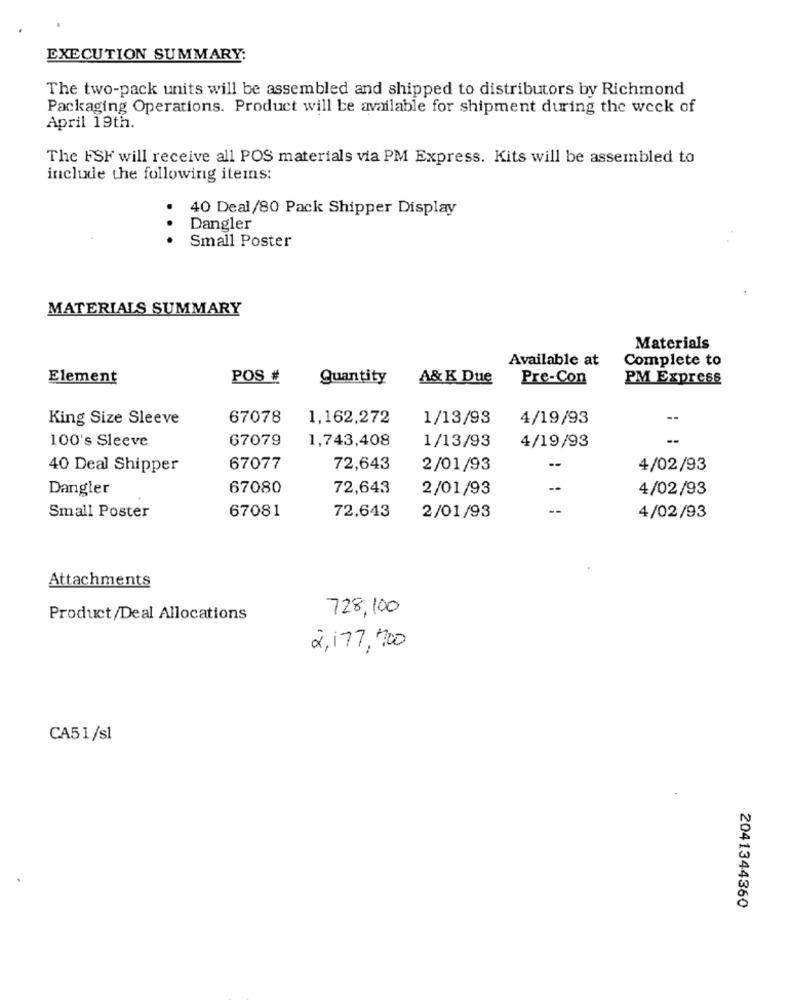
EXECUTION SUMMARY:
The two-pack units will be assembled and shipped to distributors by Richmond
Packaging Operations. Product will be available for shipment during the week of
April 19th.
The FSF will receive all POS materials via PM Express. Kits will be assembled to
include the following items:
40 Deal/80 Pack Shipper Display
..
Dangler
.
Small Poster
MATERIALS SUMMARY
Materials
Available at
Complete to
Element
POS #
Quantity
A& K Due
Pre-Con
PM Express
King Size Sleeve
67078
1,162,272
1/13/93
4/19/93
100's Sleeve
67079
1,743,408
1/13/93
4/19/93
40 Deal Shipper
67077
72,643
2/01/93
--
4/02/93
Dangler
67080
72,643
2/01/93
4/02/93
67081
72,643
Small Poster
2/01/93
4/02/93
Attachments
728,100
Product/Deal Allocations
2,177, 700
CA51/sl
2041344360